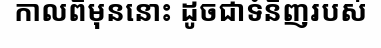
កាលពីមុននោះ ដូចជាទំនិញរបស់